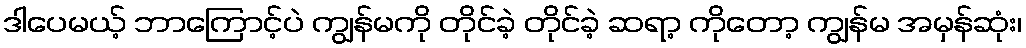
ဒါပေမယ့် ဘာကြောင့်ပဲ ကျွန်မကို တိုင်ခဲ့ တိုင်ခဲ့ ဆရာ့ ကိုတော့ ကျွန်မ အမှန်ဆုံး၊